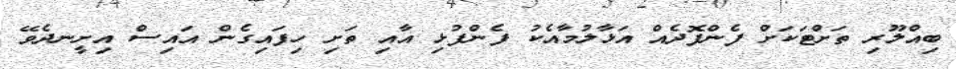
ބިއްލޫރި ތަށްޓަކަށް ފެންފޮދެއް އަޅާލުމާއެކު ފެންފުޅި އާއި ތަށި ހިފައިގެން އައިސް އިށީނދެވޭ